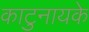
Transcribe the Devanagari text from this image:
काटुनायके